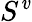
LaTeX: S^{\mathit{v}}